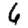
Digit: 6